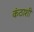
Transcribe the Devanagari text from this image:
कंठाशी